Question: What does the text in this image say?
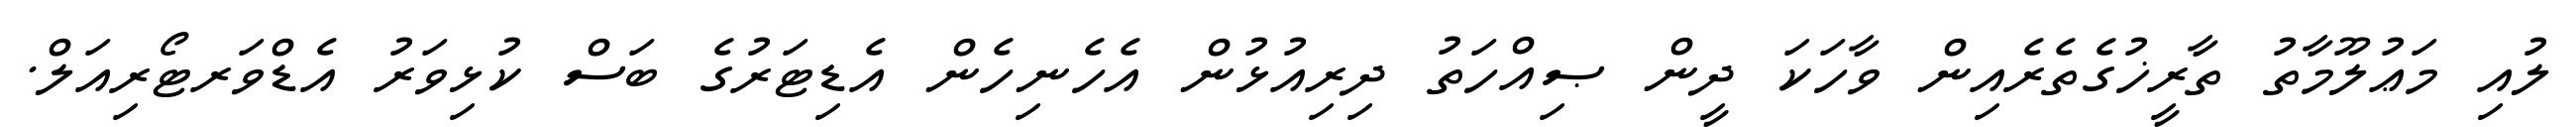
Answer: ލުއި މަޢުލޫމާތު ތާރީޚުގެތެރެއިން ވާހަކަ ދީން ޞިއްހަތު ދިރިއުޅުން އެހެނިހެން އެޑިޓަރުގެ ބަސް ކުޅިވަރު އެޑްވަރޓޯރިއަލް.